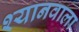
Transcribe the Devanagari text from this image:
श्यानवाला